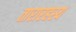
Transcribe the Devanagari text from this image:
तारारहस्य